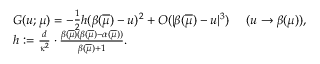
\begin{array} { r l } & { G ( u ; \mu ) = - \frac 1 { 2 } h ( \beta ( \overline { { \mu } } ) - u ) ^ { 2 } + O ( | \beta ( \overline { { \mu } } ) - u | ^ { 3 } ) \quad \ ( u \to \beta ( \mu ) ) , } \\ & { h : = \frac { d } { \kappa ^ { 2 } } \cdot \frac { \beta ( \overline { { \mu } } ) ( \beta ( \overline { { \mu } } ) - \alpha ( \overline { { \mu } } ) ) } { \beta ( \overline { { \mu } } ) + 1 } . } \end{array}